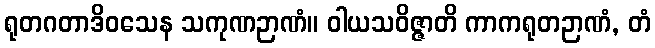
ရုတဂတာဒိဝသေန သကုဏဉာဏံ။ ဝါယသဝိဇ္ဇာတိ ကာကရုတဉာဏံ, တံ